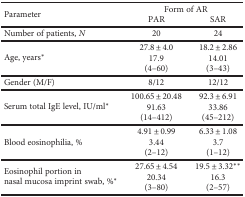
<table><thead><tr><td rowspan="2"><b>Parameter</b></td><td colspan="2"><b>Form of AR</b></td></tr><tr><td><b>PAR</b></td><td><b>SAR</b></td></tr></thead><tbody><tr><td>Number of patients, <i>N</i></td><td>20</td><td>24</td></tr><tr><td>Age, years<sup>∗</sup></td><td>27.8 ± 4.017.9(4–60)</td><td>18.2 ± 2.8614.01(3–43)</td></tr><tr><td>Gender (M/F)</td><td>8/12</td><td>12/12</td></tr><tr><td>Serum total IgE level, IU/ml<sup>∗</sup></td><td>100.65 ± 20.4891.63(14–412)</td><td>92.3 ± 6.9133.86(45–212)</td></tr><tr><td>Blood eosinophilia, %</td><td>4.91 ± 0.993.44(2–12)</td><td>6.33 ± 1.083.7(1–12)</td></tr><tr><td>Eosinophil portion in nasal mucosa imprint swab, %<sup>∗</sup></td><td>27.65 ± 4.5420.34(3–80)</td><td>19.5 ± 3.32<sup>∗∗</sup>16.3(2–57)</td></tr></tbody></table>